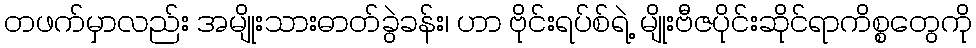
တဖက်မှာလည်း အမျိုးသားဓာတ်ခွဲခန်း၊ ဟာ ဗိုင်းရပ်စ်ရဲ့ မျိုးဗီဇပိုင်းဆိုင်ရာကိစ္စတွေကို